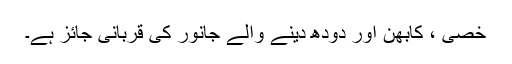
خصی ، کابھن اور دودھ دینے والے جانور کی قربانی جائز ہے۔